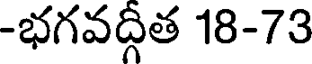
-భగవద్గీత 18-73